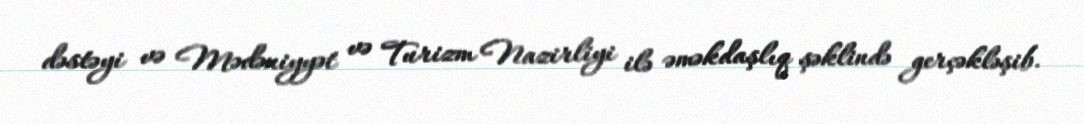
dəstəyi və Mədəniyyət və Turizm Nazirliyi ilə əməkdaşlıq şəklində gerçəkləşib.